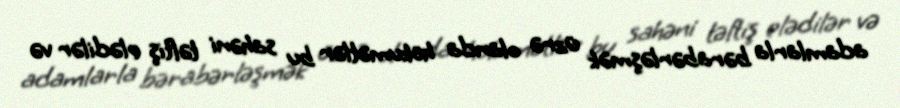
adamlarla bərabərləşmək üzrə olanda hökumətlər bu sahəni təftiş elədilər və